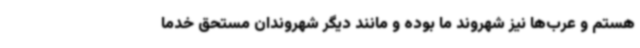
هستم و عرب‌ها نیز شهروند ما بوده و مانند دیگر شهروندان مستحق خدما